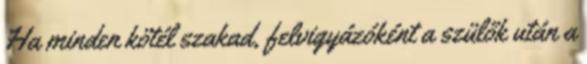
Ha minden kötél szakad, felvigyázóként a szülők után a